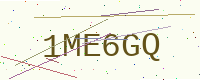
Text: 1ME6GQ